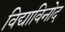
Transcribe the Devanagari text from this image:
विद्याविनोद